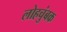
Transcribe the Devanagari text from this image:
लोहचुंबक